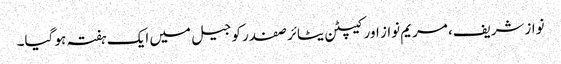
نوازشریف، مریم نواز اور کیپٹن یٹائر صفدر کو جیل میں ایک ہفتہ ہو گیا۔